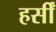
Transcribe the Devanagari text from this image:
हर्सीं